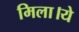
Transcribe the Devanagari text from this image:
मिला।ये